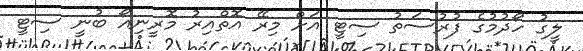
ލީގު ހޯދުމުގެ ފުރުސަތު ސިޓީ އަށް މިރޭ އޮތްއިރު މޮރީނިއޯ ބުނީ ސިޓީ